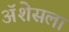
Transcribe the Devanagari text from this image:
ॲशेसला